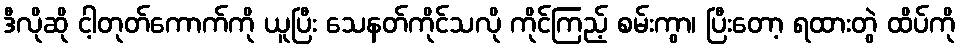
ဒီလိုဆို ငါ့တုတ်ကောက်ကို ယူပြီး သေနတ်ကိုင်သလို ကိုင်ကြည့် စမ်းကွာ၊ ပြီးတော့ ရထားတွဲ ထိပ်ကို